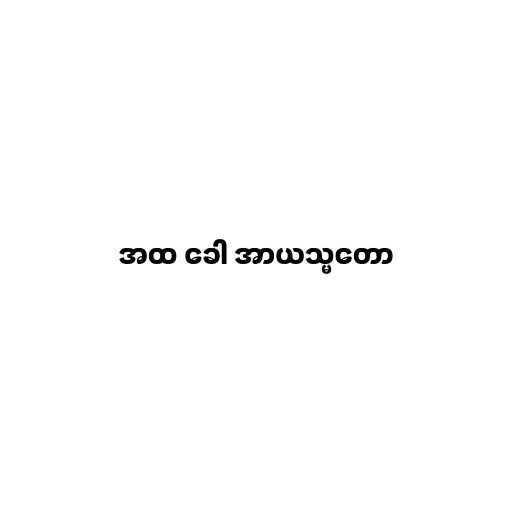
အထ ခေါ အာယသ္မတော